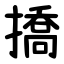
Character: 撟